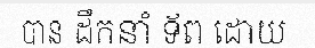
បាន ដឹកនាំ ទ័ព ដោយ